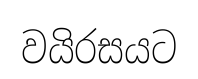
වයිරසයට